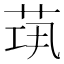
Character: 𦯋